Indian journal of veterinary science and animal husbandry - Volume 12,
Year: 1942
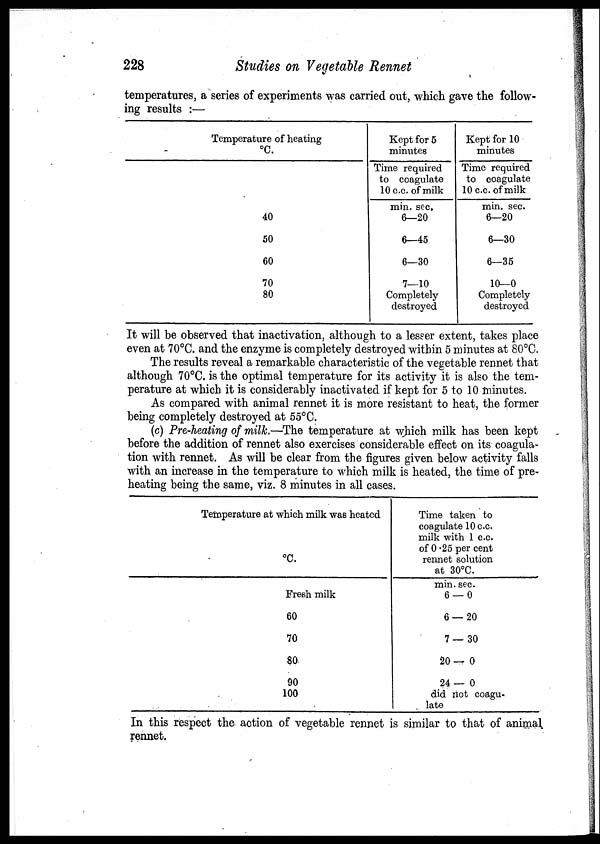
228
Studies on Vegetable Rennet
temperatures, a series of experiments was carried out, which gave the follow-
ing results :—
Temperature of heating
°C.
40
50
60
70
80
Kept for 5
minutes
Time required
to coagulate
10 c.c. of milk
min. sec.
6—20
6—45
6—30
7—10
Completely
destroyed
Kept for 10
minutes
Time required
to coagulate
10 c.c. of milk
min. sec.
6—20
6—30
6—35
10—0
Completely
destroyed
It will be observed that inactivation, although to a lesser extent, takes place
even at 70°C. and the enzyme is completely destroyed within 5 minutes at 80°C.
The results reveal a remarkable characteristic of the vegetable rennet that
although 70°C. is the optimal temperature for its activity it is also the tem-
perature at which it is considerably inactivated if kept for 5 to 10 minutes.
As compared with animal rennet it is more resistant to heat, the former
being completely destroyed at 55°C.
(c) Pre-heating of milk.—The temperature at which milk has been kept
before the addition of rennet also exercises considerable effect on its coagula-
tion with rennet. As will be clear from the figures given below activity falls
with an increase in the temperature to which milk is heated, the time of pre-
heating being the same, viz. 8 minutes in all cases.
Temperature at which milk was heated
°C.
Fresh milk
60
70
80
90
100
Time taken to
coagulate 10 c.c.
milk with 1 c.c.
of 0.25 per cent
rennet solution
at 30°C.
min. sec.
6 — 0
6 — 20
7 — 30
20—0
24—0
did not coagu-
late
In this respect the action of vegetable rennet is similar to that of animal
rennet.